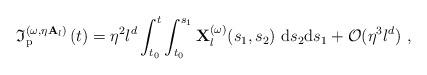
LaTeX: \begin{align*}\mathfrak{I}_{\mathrm{p}}^{(\omega ,\eta \mathbf{A}_{l})}\left( t\right)=\eta ^{2}l^{d}\int\nolimits_{t_{0}}^{t}\int\nolimits_{t_{0}}^{s_{1}}\mathbf{X}_{l}^{(\omega )}(s_{1},s_{2})\ \mathrm{d}s_{2}\mathrm{d}s_{1}+\mathcal{O}(\eta ^{3}l^{d})\ , \end{align*}